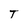
Character: T